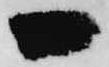
一